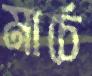
মার্চে